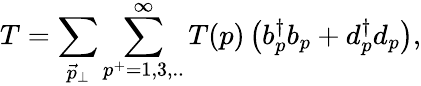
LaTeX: T=\sum_{{\vec{p}}_{\perp}}\sum_{p^{+}=1,3,..}^{\infty}T(p)\left(b_{p}^{\dagger}b_{p}+d_{p}^{\dagger}d_{p}\right),